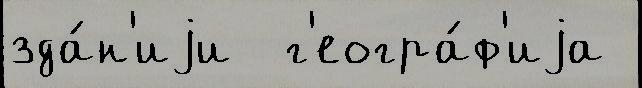
зда́н'иjи  г'еогра́ф'иjа